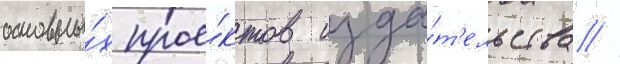
основны́х прое́ктов изда́т'ельства //